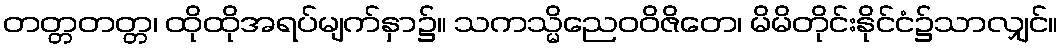
တတ္တတတ္တ၊ ထိုထိုအရပ်မျက်နှာ၌။ သကသ္မိညေဝဝိဇိတေ၊ မိမိတိုင်းနိုင်ငံ၌သာလျှင်။